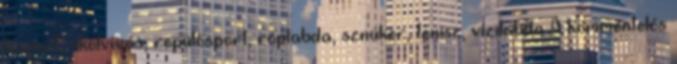
lósport, ökölvívás, repülősport, röplabda, sznúker, tenisz, vízilabda A kommentelés